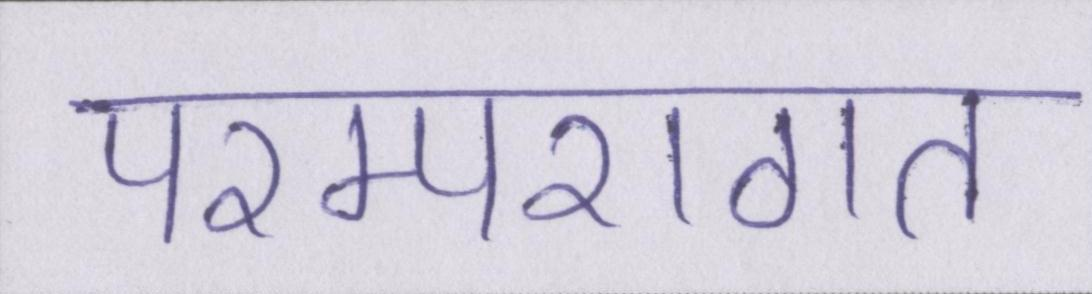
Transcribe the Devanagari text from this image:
परम्परागत